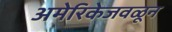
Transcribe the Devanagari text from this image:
अमेरिकेजवळून